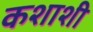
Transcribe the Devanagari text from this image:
कशाशी